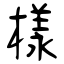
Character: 樣